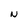
Character: N